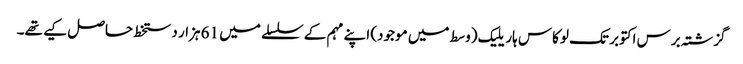
گزشتہ برس اکتوبر تک لوکاس ہاریلیک (وسط میں موجود) اپنے مہم کے سلسلے میں 61 ہزار دستخط حاصل کیے تھے۔